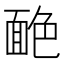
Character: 𦫥